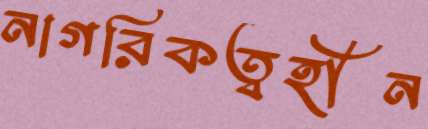
নাগরিকত্বহীন